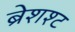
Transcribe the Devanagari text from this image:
ब्रेशश्ट